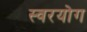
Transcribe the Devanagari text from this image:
स्वरयोग